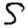
Digit: 5